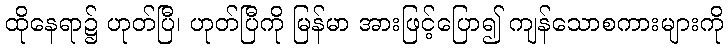
ထိုနေရာ၌ ဟုတ်ပြီ၊ ဟုတ်ပြီကို မြန်မာ အားဖြင့်ပြော၍ ကျန်သောစကားများကို